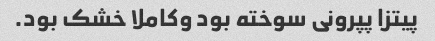
پیتزا پپرونى سوخته بود وکاملا خشک بود.